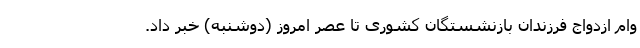
وام ازدواج فرزندان بازنشستگان کشوری تا عصر امروز (دوشنبه) خبر داد.